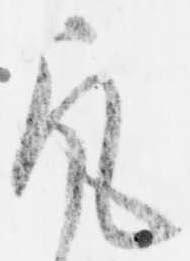
凡